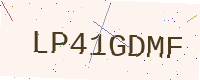
Text: LP41GDMF